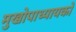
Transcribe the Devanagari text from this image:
मुखोपाध्यायको